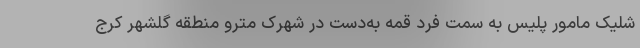
شلیک مامور پلیس به سمت فرد قمه به‌دست در شهرک مترو منطقه گلشهر کرج